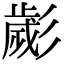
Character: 𢒱